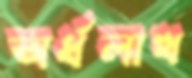
অর্ধলাখ